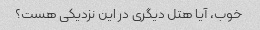
خوب، آیا هتل دیگری در این نزدیکی هست؟